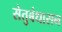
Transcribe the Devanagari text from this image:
सेतुबंधासन